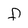
Character: F